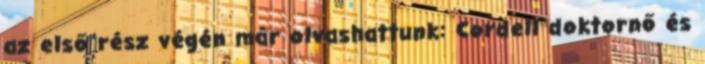
az első rész végén már olvashattunk: Cordell doktornő és